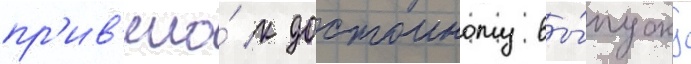
пр'ив'ело́ к достоиному вы́пуску